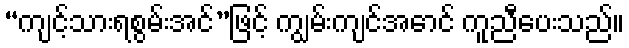
“ကျင့်သားရစွမ်းအင်”ဖြင့် ကျွမ်းကျင်အောင် ကူညီပေးသည်။